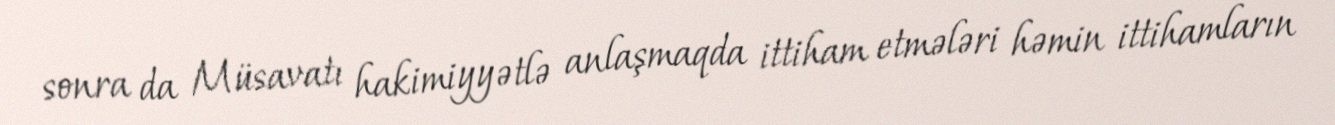
sonra da Müsavatı hakimiyyətlə anlaşmaqda ittiham etmələri həmin ittihamların